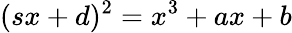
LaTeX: (sx+d)^{2}=x^{3}+ax+b